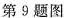
第9题图